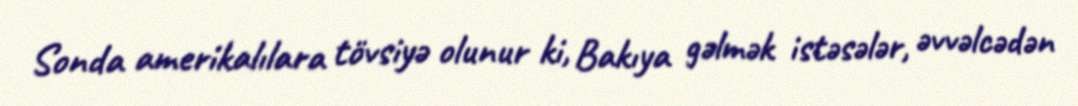
Sonda amerikalılara tövsiyə olunur ki, Bakıya gəlmək istəsələr, əvvəlcədən